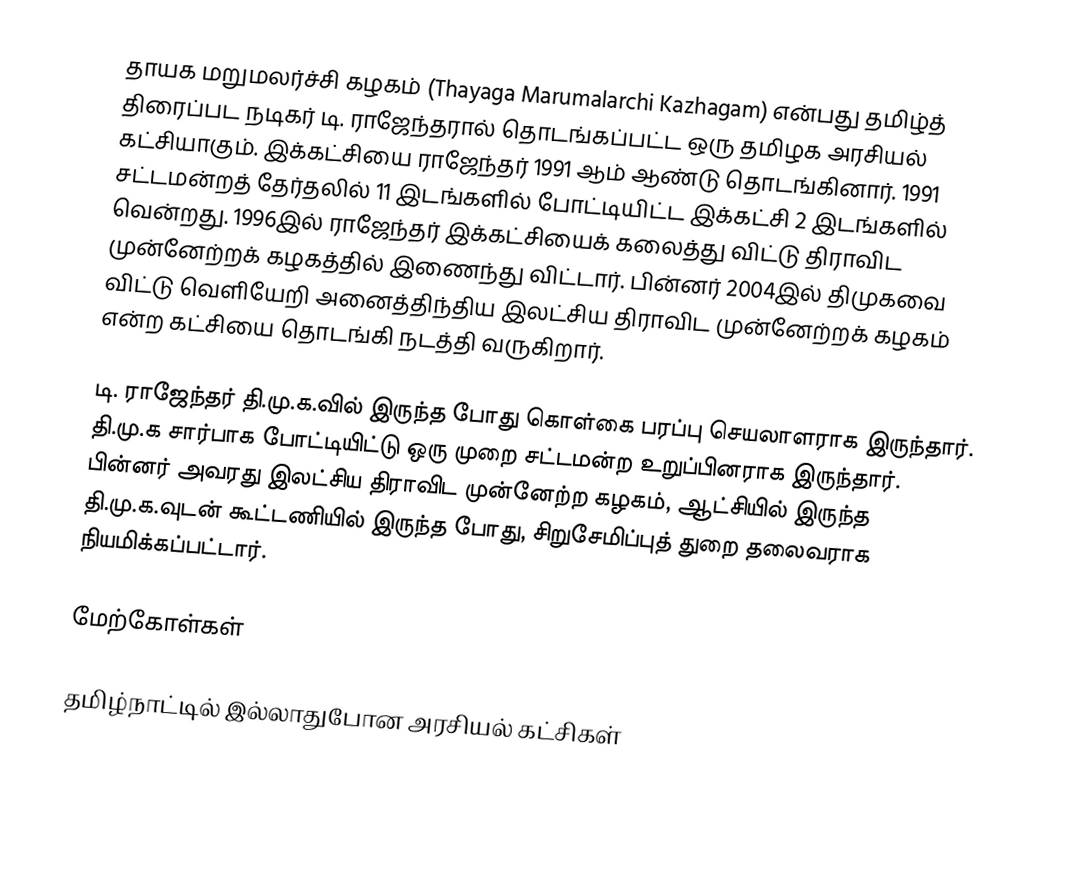
தாயக மறுமலர்ச்சி கழகம் (Thayaga Marumalarchi Kazhagam) என்பது தமிழ்த் திரைப்பட நடிகர் டி. ராஜேந்தரால் தொடங்கப்பட்ட ஒரு தமிழக அரசியல் கட்சியாகும். இக்கட்சியை ராஜேந்தர் 1991 ஆம் ஆண்டு தொடங்கினார். 1991 சட்டமன்றத் தேர்தலில் 11 இடங்களில் போட்டியிட்ட இக்கட்சி 2 இடங்களில் வென்றது. 1996இல் ராஜேந்தர் இக்கட்சியைக் கலைத்து விட்டு திராவிட முன்னேற்றக் கழகத்தில் இணைந்து விட்டார். பின்னர் 2004இல் திமுகவை விட்டு வெளியேறி அனைத்திந்திய இலட்சிய திராவிட முன்னேற்றக் கழகம் என்ற கட்சியை தொடங்கி நடத்தி வருகிறார்.

டி. ராஜேந்தர் தி.மு.க.வில் இருந்த போது கொள்கை பரப்பு செயலாளராக இருந்தார். தி.மு.க சார்பாக போட்டியிட்டு ஒரு முறை சட்டமன்ற உறுப்பினராக இருந்தார். பின்னர் அவரது இலட்சிய திராவிட முன்னேற்ற கழகம், ஆட்சியில் இருந்த தி.மு.க.வுடன் கூட்டணியில் இருந்த போது, சிறுசேமிப்புத் துறை தலைவராக நியமிக்கப்பட்டார்.

மேற்கோள்கள்

தமிழ்நாட்டில் இல்லாதுபோன அரசியல் கட்சிகள்